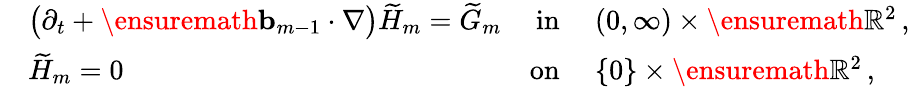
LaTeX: \begin{array}{rlrl}&{\bigl(\partial_{t}+\ensuremath{\mathbf{b}}_{m-1}\cdot\nabla\bigr)\widetilde{H}_{m}=\widetilde{G}_{m}}&{\mathrm{in}}&{\ (0,\infty)\times\ensuremath{\mathbb{R}}^{2}\, ,}\\ &{\widetilde{H}_{m}=0}&{\mathrm{on}}&{\ \{ 0\} \times\ensuremath{\mathbb{R}}^{2}\, ,}\end{array}